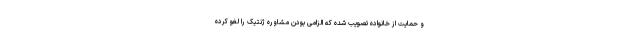
و حمایت از خانواده تصویب شده که الزامی بودن مشاوره ژنتیک را لغو کرده